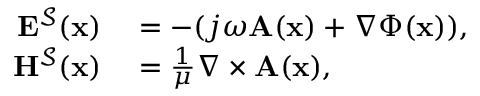
\begin{array} { r l } { \mathbf { E } ^ { \mathcal { S } } ( \mathbf { x } ) } & { { } { } = - ( j \omega \mathbf { A } ( \mathbf { x } ) + \nabla \Phi ( \mathbf { x } ) ) , } \\ { \mathbf { H } ^ { \mathcal { S } } ( \mathbf { x } ) } & { { } { } = \frac { 1 } { \mu } \nabla \times \mathbf { A } ( \mathbf { x } ) , } \end{array}